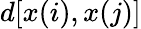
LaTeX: d[x(i),x(j)]